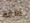
بومة